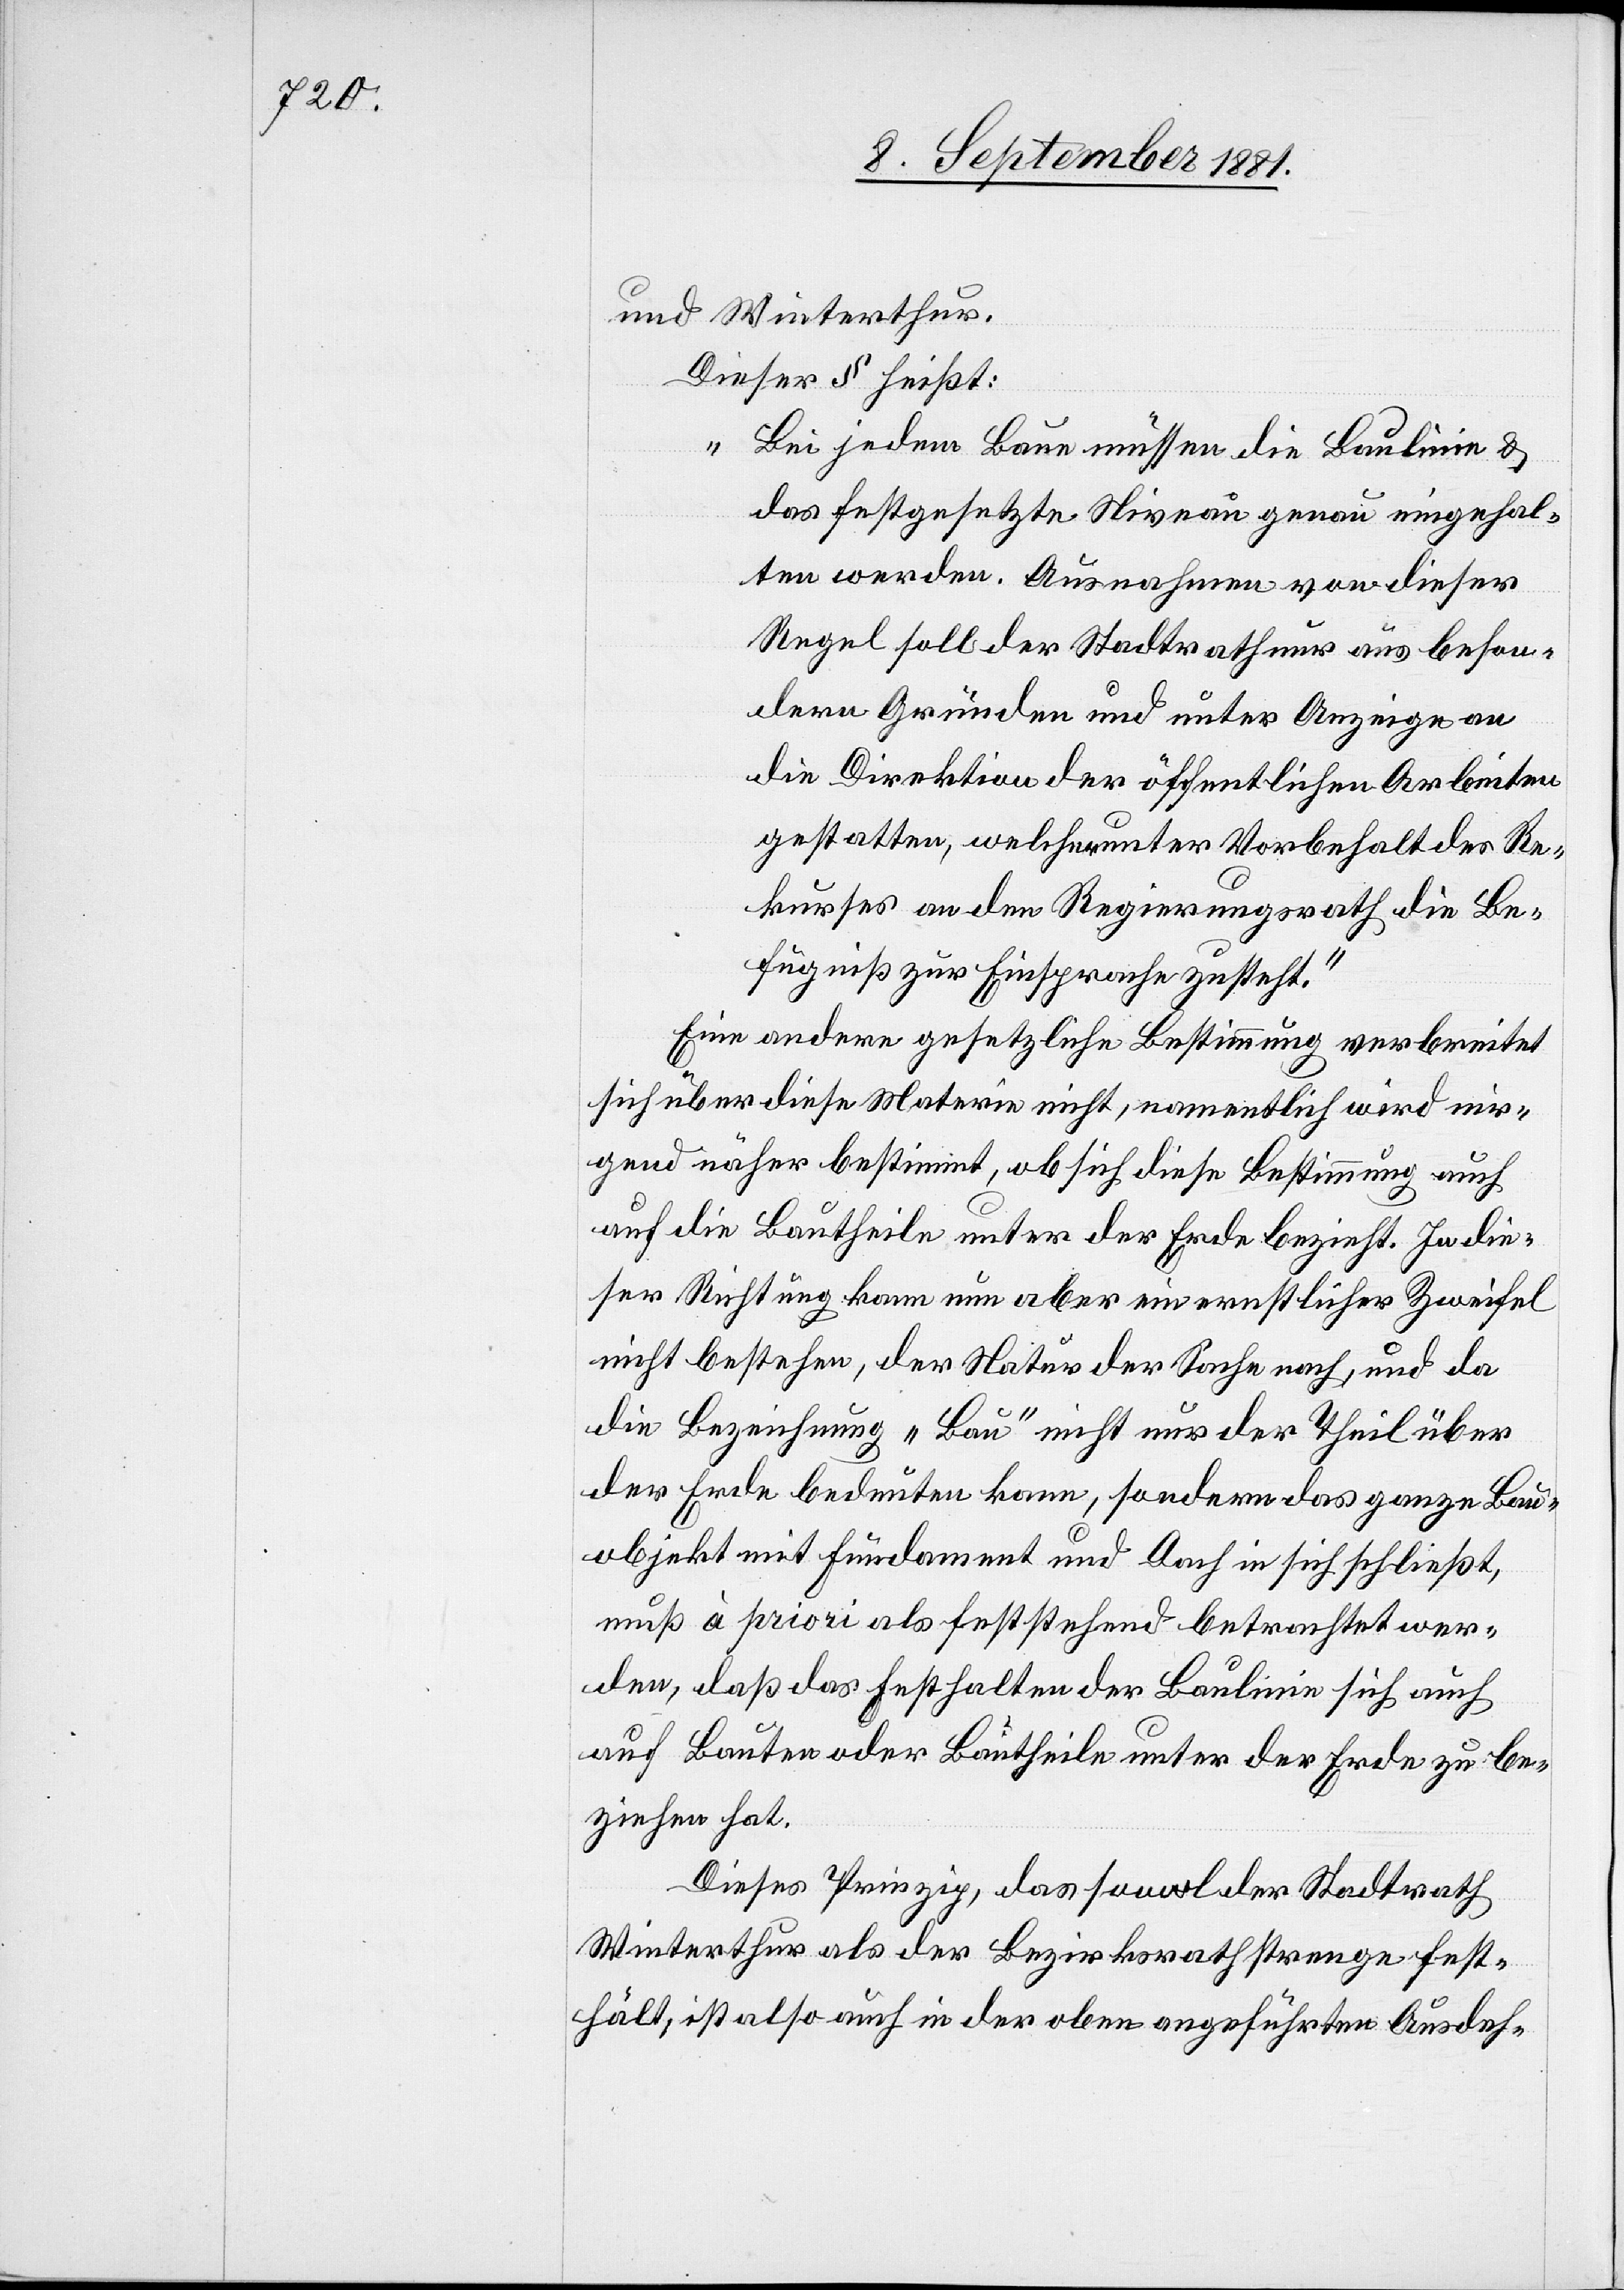
und Winterthur.
Dieser § heißt:
„Bei jedem Baue müssen die Baulinie &
das festgesetzte Niveau genau eingehal¬
ten werden. Ausnahmen von dieser
Regel soll der Stadtrath nur aus beson¬
dern Gründen und unter Anzeige an
die Direktion der öffentlichen Arbeiten
gestatten, welche unter Vorbehalt des Re¬
kurses an den Regierungsrath die Be¬
fugniß zur Einsprache zusteht.“
Eine andere gesetzliche Bestimmung verbreitet
sich über diese Materie nicht, namentlich wird nir¬
gend näher bestimmt, ob sich diese Bestimmung auch
auf die Bautheile unter der Erde bezieht. In die¬
ser Richtung kann nun aber ein ernstlicher Zweifel
nicht bestehen, der Natur der Sache nach, und da
die Beziehung „Bau“ nicht nur der Theil über
der Erde bedeuten kann, sondern das ganze Bau¬
objekt mit Fundament und Dach in sich schließt,
muß à priori als feststehend betrachtet wer¬
den, daß das Festhalten der Baulinie sich auch
auf Bauten oder Bautheile unter der Erde zu be¬
ziehen hat.
Dieses Prinzip, das sowol der Stadtrath
Winterthur als der Bezirksrath strenge fest¬
hält, ist also auch in der oben angeführten Ausdeh-